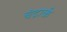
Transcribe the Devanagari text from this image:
चंद्रार्क